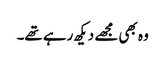
وہ بھی مجھے دیکھ رہے تھے۔